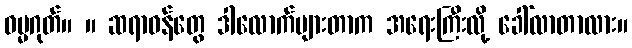
ဓမ္မဂုတ်။ ။ ဆရာဝန်တွေ ဒါလောက်များတာက အရေးကြီးလို့ ခေါ်လာတာလား။